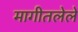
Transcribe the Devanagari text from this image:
मागीतलेले